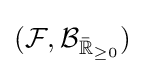
({\mathcal {F}},\operatorname {\mathcal {B}} _{{\bar {\mathbb {R} }}_{\geq 0}})